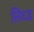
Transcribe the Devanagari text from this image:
लिव्ड